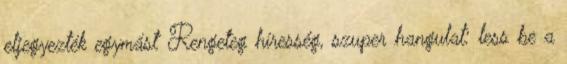
eljegyezték egymást Rengeteg híresség, szuper hangulat: less be a